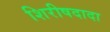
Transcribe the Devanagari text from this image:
शिरीषदादा